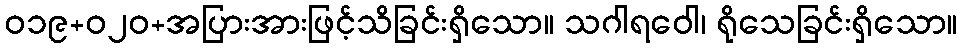
ဝ၁၉+၀၂ဝ+အပြားအားဖြင့်သိခြင်းရှိသော။ သဂါရဝေါ၊ ရိုသေခြင်းရှိသော။